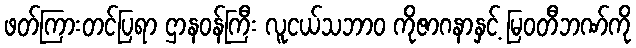
ဖတ်ကြားတင်ပြရာ ဌာနဝန်ကြီး လူငယ်သဘာ၀ ကိုဇာဂနာနှင့် မြဝတီဘဏ်ကို